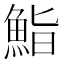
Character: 鮨